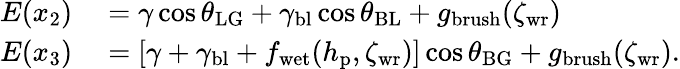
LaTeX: \begin{array}{rl}{E(x_{2})}&{{}=\gamma\cos{\theta_{\mathrm{LG}}}+\gamma_{\mathrm{bl}}\cos{\theta_{\mathrm{BL}}}+g_{\mathrm{brush}}({\zeta_{\mathrm{wr}}})}\\ {E(x_{3})}&{{}=[\gamma+\gamma_{\mathrm{bl}}+f_{\mathrm{wet}}(h_{\mathrm{p}},\zeta_{\mathrm{wr}})]\cos\theta_{\mathrm{BG}}+g_{\mathrm{brush}}({\zeta_{\mathrm{wr}}}).}\end{array}